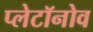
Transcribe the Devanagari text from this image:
प्लेटॉनोव